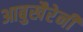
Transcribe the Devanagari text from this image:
आबुखैरेनी